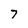
Character: 7